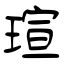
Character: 瑄